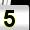
Digit: 5